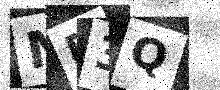
Text: MD3Q